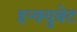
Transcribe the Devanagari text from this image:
इन्क्युबेट